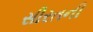
સીરતની